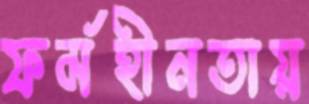
ফর্মহীনতায়